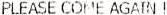
PLEASE COME AGAIN !